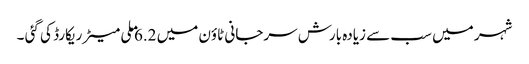
شہر میں سب سے زیادہ بارش سرجانی ٹاؤن میں 6.2 ملی میٹر ریکارڈ کی گئی ۔